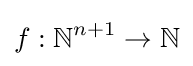
f:\mathbb {N} ^{n+1}\to \mathbb {N}